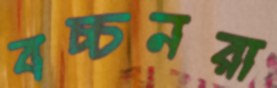
বচ্চনরা